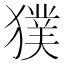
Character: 獛